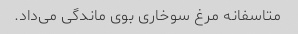
متاسفانه مرغ سوخاری بوی ماندگی می‌داد.